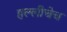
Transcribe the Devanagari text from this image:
हल्लीचेच